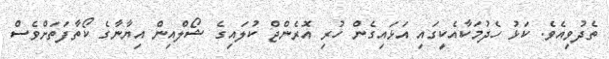
ތެދުވިއެވެ. ކަޅު ހެދުމަކާއެކީގައި އަޅައިގެން ހުރި އޮރެންޖް ކުލައިގެ ޝޯލްއިން އިޔާނާގެ ކޯތާފަތަށްވެސް